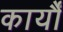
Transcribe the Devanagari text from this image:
कार्यौं